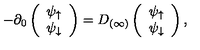
- \partial _ { 0 } \left( \begin{array} { c } { \psi _ { \uparrow } } \\ { \psi _ { \downarrow } } \\ \end{array} \right) = D _ { ( \infty ) } \left( \begin{array} { c } { \psi _ { \uparrow } } \\ { \psi _ { \downarrow } } \\ \end{array} \right) ,